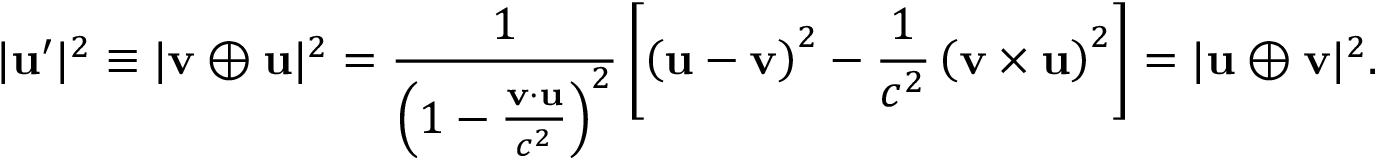
| \mathbf { u } ^ { \prime } | ^ { 2 } \equiv | \mathbf { v } \oplus \mathbf { u } | ^ { 2 } = { \frac { 1 } { \left( 1 - { \frac { \mathbf { v } \cdot \mathbf { u } } { c ^ { 2 } } } \right) ^ { 2 } } } \left[ \left( \mathbf { u } - \mathbf { v } \right) ^ { 2 } - { \frac { 1 } { c ^ { 2 } } } \left( \mathbf { v } \times \mathbf { u } \right) ^ { 2 } \right] = | \mathbf { u } \oplus \mathbf { v } | ^ { 2 } .